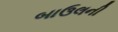
બાઉલની